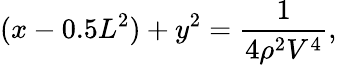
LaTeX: (x-0.5L^{2})+y^{2}=\frac{1}{4\rho^{2}V^{4}},